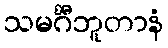
သမင်္ဂီဘူတာနံ